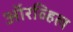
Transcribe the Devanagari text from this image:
ऑरव्हिल